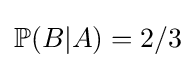
\mathbb {P} (B|A)=2/3